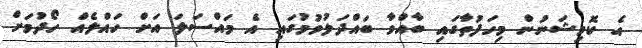
އެ ކޮމިޝަނުން މިހަފުތާގައި ބާއްވާ ބައްދަލުވުމުގައި އެ މައްސަލަ އަށް ހައްލެއް ހޯދުމަށް